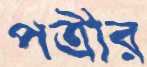
পত্রীর